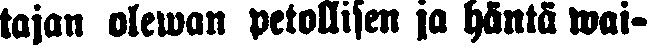
tajan olewan petollisen ja häntä wai-